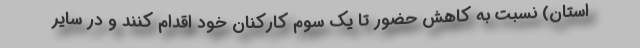
استان) نسبت به کاهش حضور تا یک سوم کارکنان خود اقدام کنند و در سایر